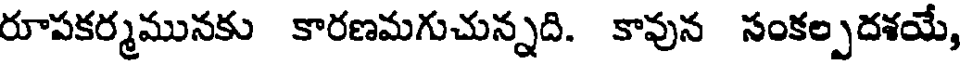
రూపకర్మమునకు కారణమగుచున్నది. కావున సంకల్పదశయే,